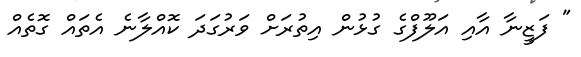
" ފަޒީނާ އާއި އަލޫފްގެ ގުޅުން އިތުރަށް ވަރުގަދަ ކޮއްލާނެ އެތައް ގޮތެއް